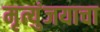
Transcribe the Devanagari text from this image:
मृत्युंजयाचा